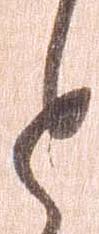
と